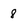
Character: 8